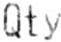
QTY